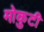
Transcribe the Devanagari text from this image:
मोकुटी